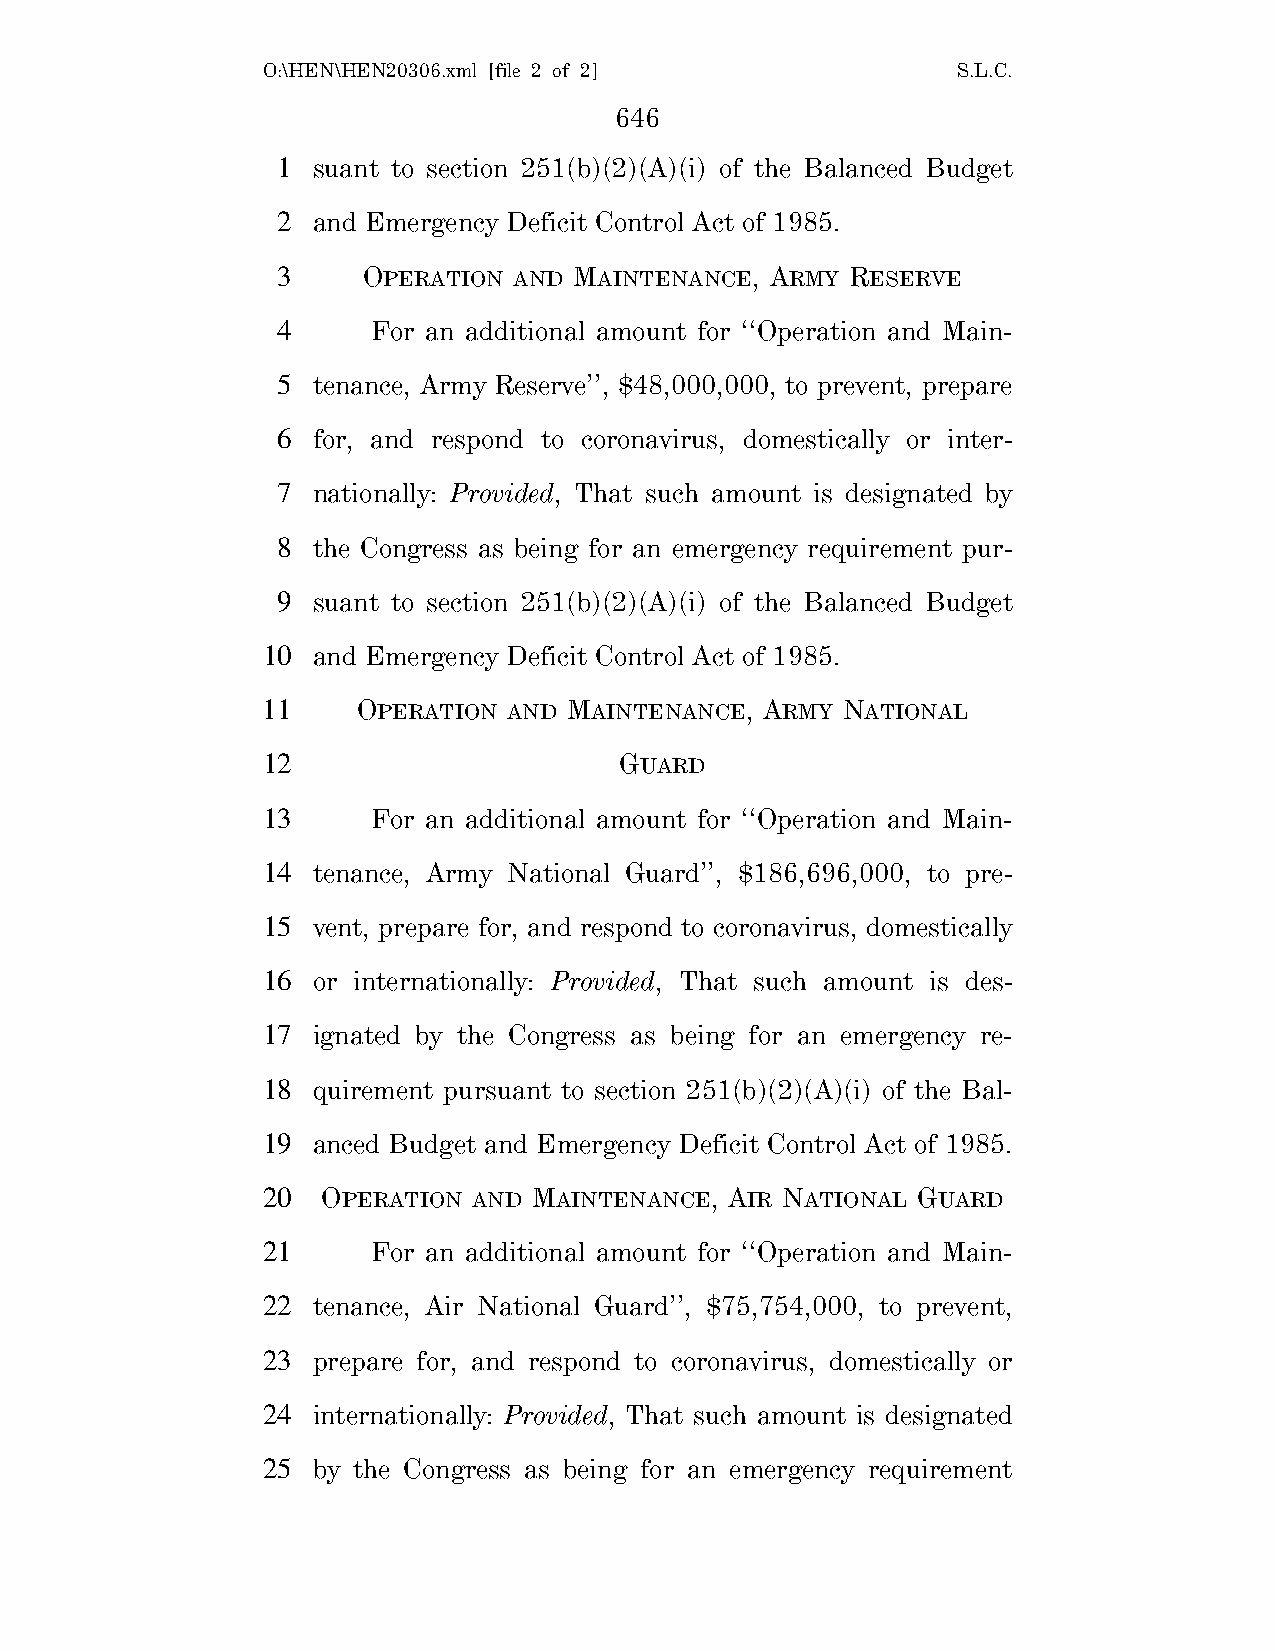
O:\HEN\HEN20306.xml [file 2 of 2]             S.L.C.
 646
 1  suant to section 251(b)(2)(A)(i) of the Balanced Budget
 2  and Emergency Deficit Control Act of 1985.
 3     OPERATION AND MAINTENANCE, ARMY RESERVE
 4      For an additional amount for ‘‘Operation and Main-
 5  tenance, Army Reserve’’, $48,000,000, to prevent, prepare
 6  for, and respond to coronavirus, domestically or inter-
 7  nationally: Provided, That such amount is designated by
 8  the Congress as being for an emergency requirement pur-
 9  suant to section 251(b)(2)(A)(i) of the Balanced Budget
 10  and Emergency Deficit Control Act of 1985.
 11     OPERATION AND MAINTENANCE, ARMY NATIONAL
 12                      GUARD
 13      For an additional amount for ‘‘Operation and Main-
 14  tenance, Army National Guard’’, $186,696,000, to pre-
 15  vent, prepare for, and respond to coronavirus, domestically
 16  or internationally: Provided, That such amount is des-
 17  ignated by the Congress as being for an emergency re-
 18  quirement pursuant to section 251(b)(2)(A)(i) of the Bal-
 19  anced Budget and Emergency Deficit Control Act of 1985.
 20  OPERATION AND MAINTENANCE, AIR NATIONAL GUARD
 21      For an additional amount for ‘‘Operation and Main-
 22  tenance, Air National Guard’’, $75,754,000, to prevent,
 23  prepare for, and respond to coronavirus, domestically or
 24  internationally: Provided, That such amount is designated
 25  by the Congress as being for an emergency requirement